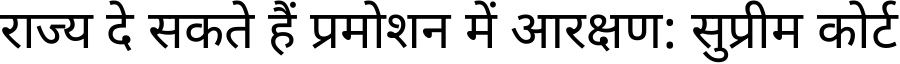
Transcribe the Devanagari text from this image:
राज्य दे सकते हैं प्रमोशन में आरक्षण: सुप्रीम कोर्ट